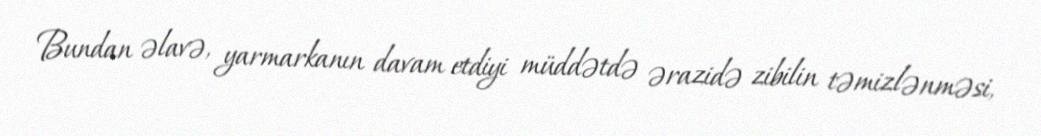
Bundan əlavə, yarmarkanın davam etdiyi müddətdə ərazidə zibilin təmizlənməsi,